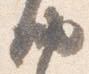
納